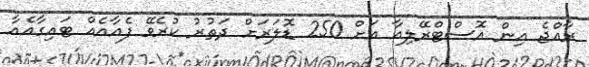
ރާއްޖެ އިން އޮސްޓްރޭލިއާ އަށް 250 ޑޮލަރަށް ދަތުރު ކުރެވޭ ފެއާއެއް ޓައިގާއެއާ